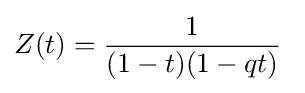
Z(t)={\frac {1}{(1-t)(1-qt)}}\